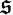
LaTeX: \mathfrak{s}